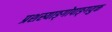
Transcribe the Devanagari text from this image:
प्रशस्याङ्‌गोपाङ्‌गयुक्त